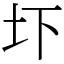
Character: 圷